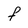
Character: f